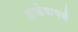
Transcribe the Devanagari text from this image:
हार्डवायर्ड